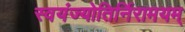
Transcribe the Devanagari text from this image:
स्वयंज्योतिर्निरामयम्